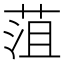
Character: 菹